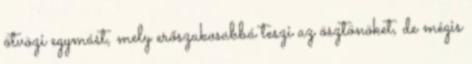
ötvözi egymást, mely erőszakosabbá teszi az ösztönöket, de mégis